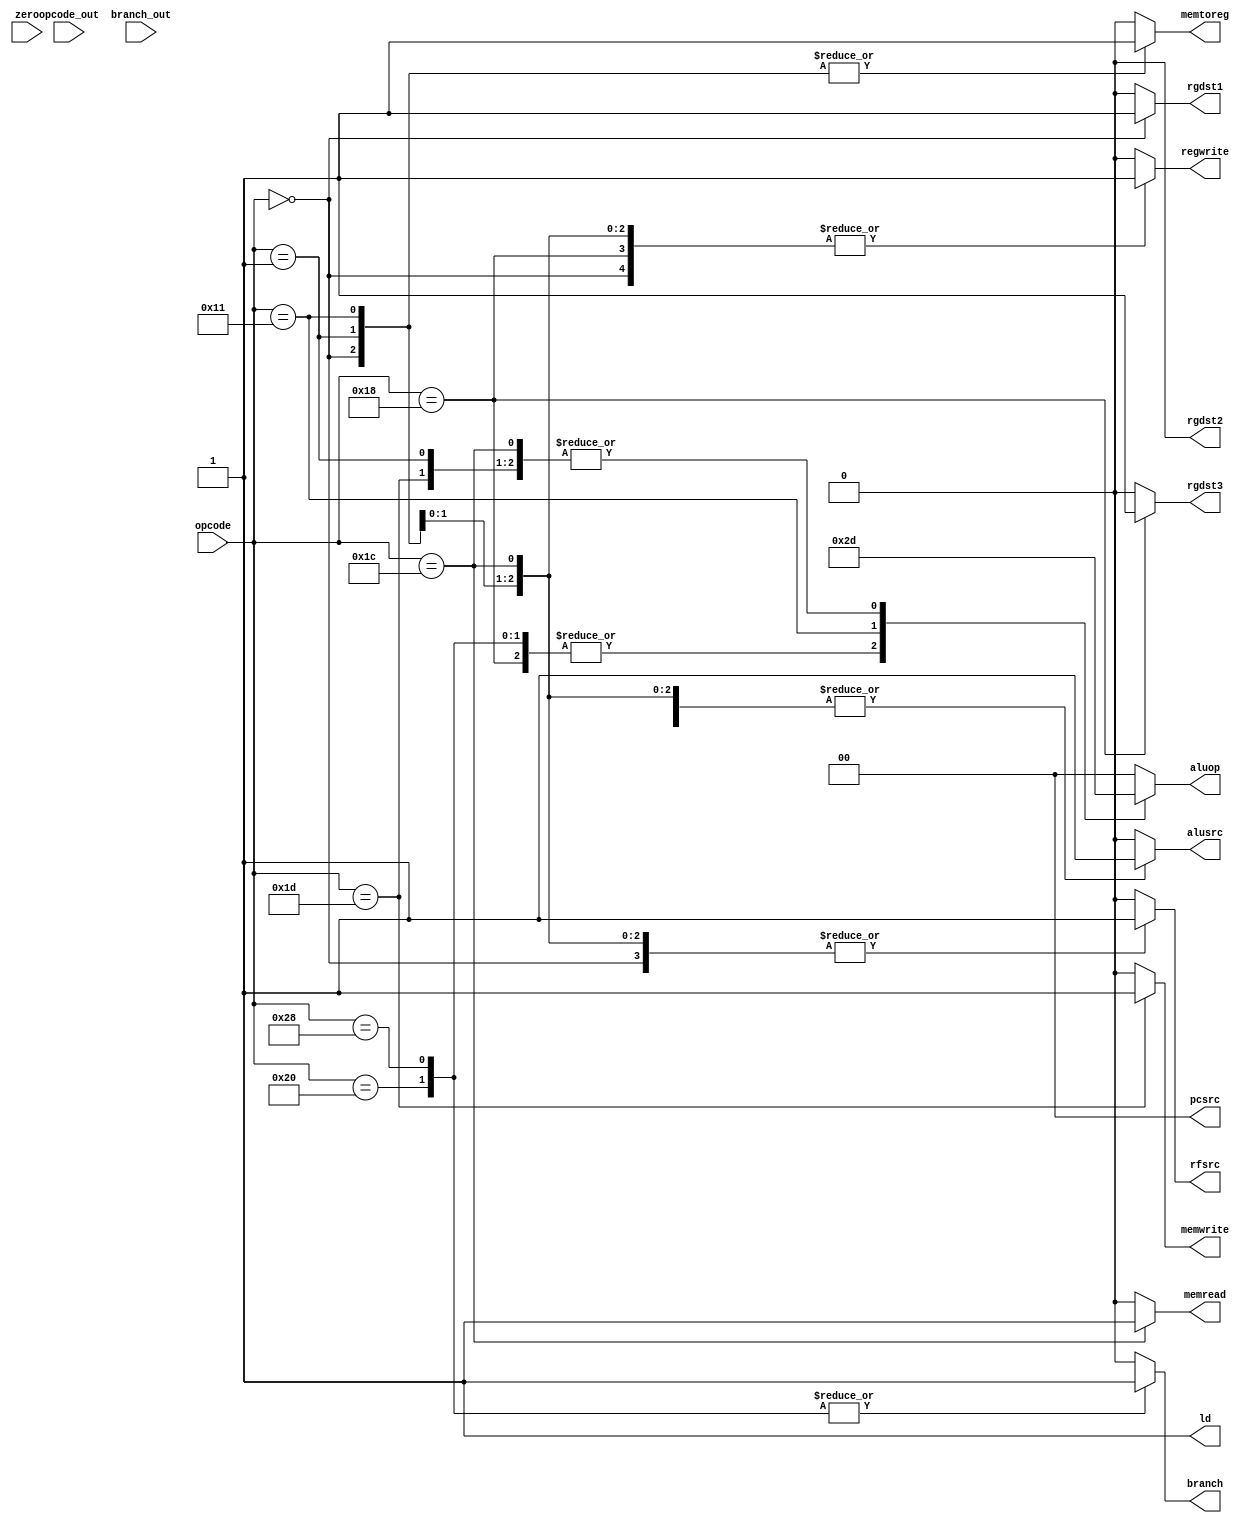
`timescale 1ps/1ps
module MIPS_Control(input[5:0] opcode, opcode_out, input zero, branch_out, output reg rgdst1, rgdst2, rgdst3, regwrite, alusrc
		,ld, memread, memwrite, memtoreg, branch, rfsrc, output reg [1:0] aluop, pcsrc);


always @(*) begin
	case(opcode_out)
	6'b010000: pcsrc <= 2'b01;
	6'b011000: pcsrc <= 2'b10;
	6'b100000: pcsrc <= (branch_out & zero) ? 2'b11 : 2'b00;
	default: pcsrc <= 2'b00;
	endcase
end

wire x;
assign x = (opcode == 6'b000000);
wire y ;
assign y = (branch_out & zero);


always @(*)  begin  
      {pcsrc, rgdst1, rgdst2, rgdst3, regwrite, alusrc
		, memread, memwrite, memtoreg, branch, rfsrc, aluop} = 0;
	ld = 1'b1;
      case(opcode)
		6'b000000: begin //rtype
			rgdst1 = 1'b1;
			rgdst2 = 1'b0;
			rgdst3 = 1'b0;
			alusrc = 1'b0;
			memtoreg = 1'b1;
			regwrite = 1'b1;
			rfsrc = 1'b1;
			aluop = 2'b00;
		end
		6'b010000: begin //jump
			//pcsrc = 2'b01;
		end
		6'b011000: begin //jump and link
			//pcsrc = 2'b10;
			rgdst3 = 1'b1;
			regwrite = 1'b1;
			rfsrc = 1'b0;
			aluop = 2'b10;
		end
		6'b100000: begin //branch equal
			branch = 1'b1;
			//pcsrc = zero ? 2'b11 : 2'b00;
			alusrc = 1'b0;
			aluop = 2'b10;
		end
		6'b101000: begin //branch not equal
			branch = 1'b1;
			//pcsrc = !zero ? 2'b11 : 2'b00;
			alusrc = 1'b0;
			aluop = 2'b10;
		end
		6'b000001: begin //add immediate
			regwrite = 1'b1;
			rgdst1 = 1'b0;
			rgdst2 = 1'b0;
			rgdst3 = 1'b0;
			memtoreg = 1'b1;
			rfsrc = 1'b1;
			alusrc = 1'b1;
			aluop = 2'b01;
		end
		6'b010001: begin //set on lower than immediate
			regwrite = 1'b1;
			rgdst1 = 1'b0;
			rgdst2 = 1'b0;
			rgdst3 = 1'b0;
			memtoreg = 1'b1;
			rfsrc = 1'b1;
			alusrc = 1'b1;
			aluop = 2'b11;
		end
		6'b011100: begin //load word
			alusrc = 1'b1;
			regwrite = 1'b1;
			aluop = 2'b01;
			memread = 1'b1;
			memtoreg = 1'b0;
			rfsrc = 1'b1;
		end
		6'b011101: begin //store word
			alusrc = 1'b1;
			aluop = 2'b01;
			memwrite = 1'b1;
		end
	endcase
end

endmodule